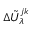
\Delta \tilde { U } _ { \lambda } ^ { j k }